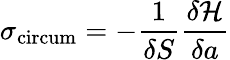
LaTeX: \sigma_{\mathrm{circum}}=-\frac{1}{\delta S}\frac{\delta\mathcal{H}}{\delta a}